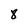
Character: 8